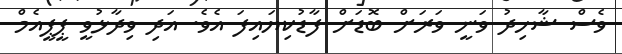
ވެސް ޝާހިދު ވަނީ ވަރަށް ބޮޑަށް ފާޑުކިޔައިފަ އެވެ. އަދި ވިދާޅުވީ ޕީޕީއެމް